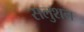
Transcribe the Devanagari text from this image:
सलुशन